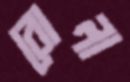
বোলা